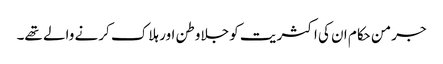
جرمن حکام ان کی اکثریت کو جلاوطن اور ہلاک کرنے والے تھے۔